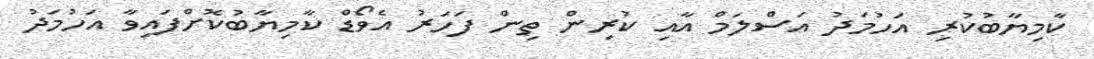
ކާމިޔާބުކުރި އަހުމަދު އަސްލަމް އާއި ކުރިން ތިން ފަހަރު އެވޯޑް ކާމިޔާބުކޮށްފައިވާ އަހުމަދު